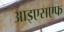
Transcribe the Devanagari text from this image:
आइएसएफ